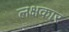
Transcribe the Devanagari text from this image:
लक्षकार